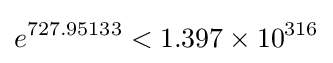
e^{727.95133}<1.397\times 10^{316}